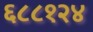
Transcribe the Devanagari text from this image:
६८८१२४